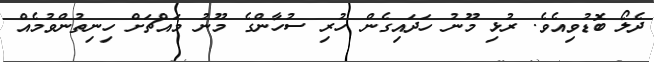
ދެލޯ ބޮޑުވިއެވެ. ރުޅި މޫނު ހަދައިގެން ހުރި ސުހާންގެ މޫނު މައްޗަށް ހިނިތުންވުމެއް